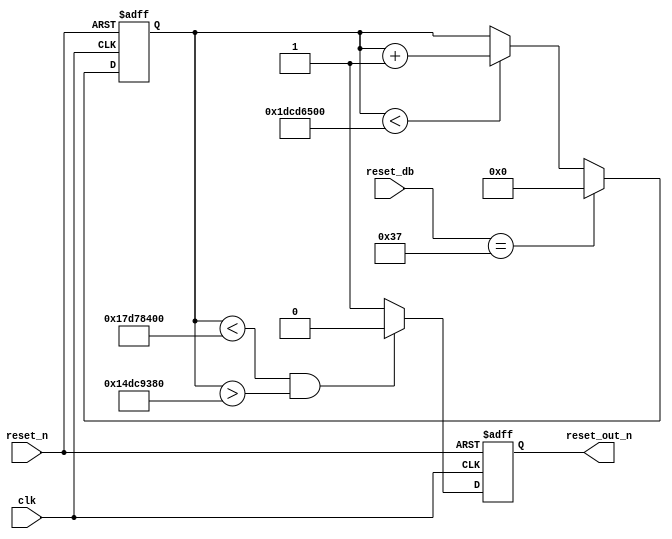
module DelayReset(
					input clk,
					input reset_n,
					
					input [7:0] reset_db,
					
					output reg reset_out_n	
					);
	reg [31 : 0] cnt;
	
	always @ (posedge clk or negedge reset_n)
	begin
		if (!reset_n)
			cnt <= 32'd0;
		else if (reset_db == 8'd55)
			cnt <= 32'd0;
		else if (cnt < 32'd500000000)
			cnt <= cnt + 1'b1;
	end
	
	always @ (posedge clk or negedge reset_n)
	begin
		if (!reset_n)
			reset_out_n <= 1'b1;
		else if ((cnt < 32'd400000000)&&(cnt > 32'd350000000))
			reset_out_n <= 1'b0;
		else
			reset_out_n <= 1'b1;
	end
endmodule